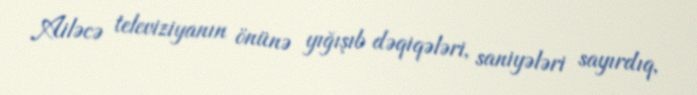
Ailəcə televiziyanın önünə yığışıb dəqiqələri, saniyələri sayırdıq,